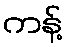
ကန့်